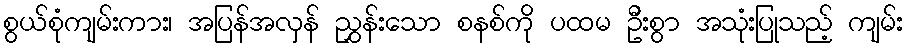
စွယ်စုံကျမ်းကား၊ အပြန်အလှန် ညွှန်းသော စနစ်ကို ပထမ ဦးစွာ အသုံးပြုသည့် ကျမ်း